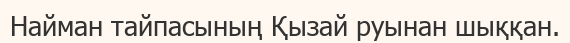
Найман тайпасының Қызай руынан шыққан.